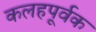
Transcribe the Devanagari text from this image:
कलहपूर्वक